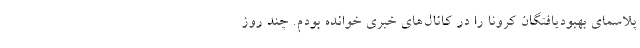
پلاسمای بهبودیافتگان کرونا را در کانال‌های خبری خوانده بودم. چند روز